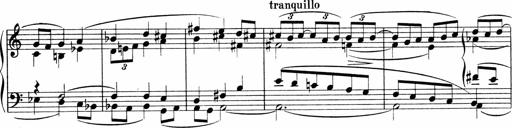
Title: Sonatina No.4
Composer: Abram Kimmell
Key: E minor